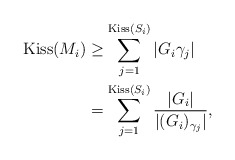
\begin{align*}\mathrm{Kiss}(M_i)&\geq \sum_{j=1}^{\mathrm{Kiss}(S_i)}|G_i\gamma_j|\\&=\sum_{j=1}^{\mathrm{Kiss}(S_i)} \dfrac{|G_i|}{|(G_i)_{\gamma_j}|},\end{align*}